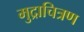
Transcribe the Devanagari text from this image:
मुद्राचित्रण